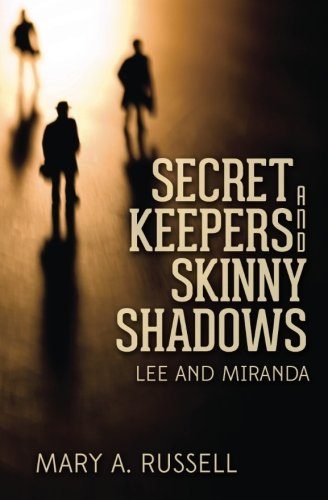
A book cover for Secret Keepers and Skinny Shadows: Lee and Miranda; Mary A Russell; Literature & Fiction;